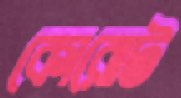
কোরোট